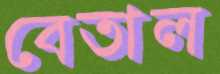
বেতাল